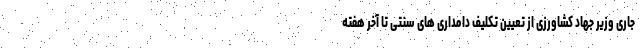
جاری وزیر جهاد کشاورزی از تعیین تکلیف دامداری های سنتی تا آخر هفته